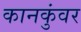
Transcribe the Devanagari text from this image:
कानकुंवर